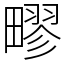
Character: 疁